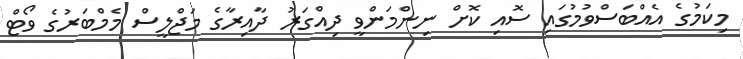
މިކަމުގެ އެއްބަސްވުމުގައި ސޮއި ކޮށް ނިންމަންވީ ދިއްގަރު ދާއިރާގެ މަޖްލީސް މެމްބަރުގެ ވޯޓް